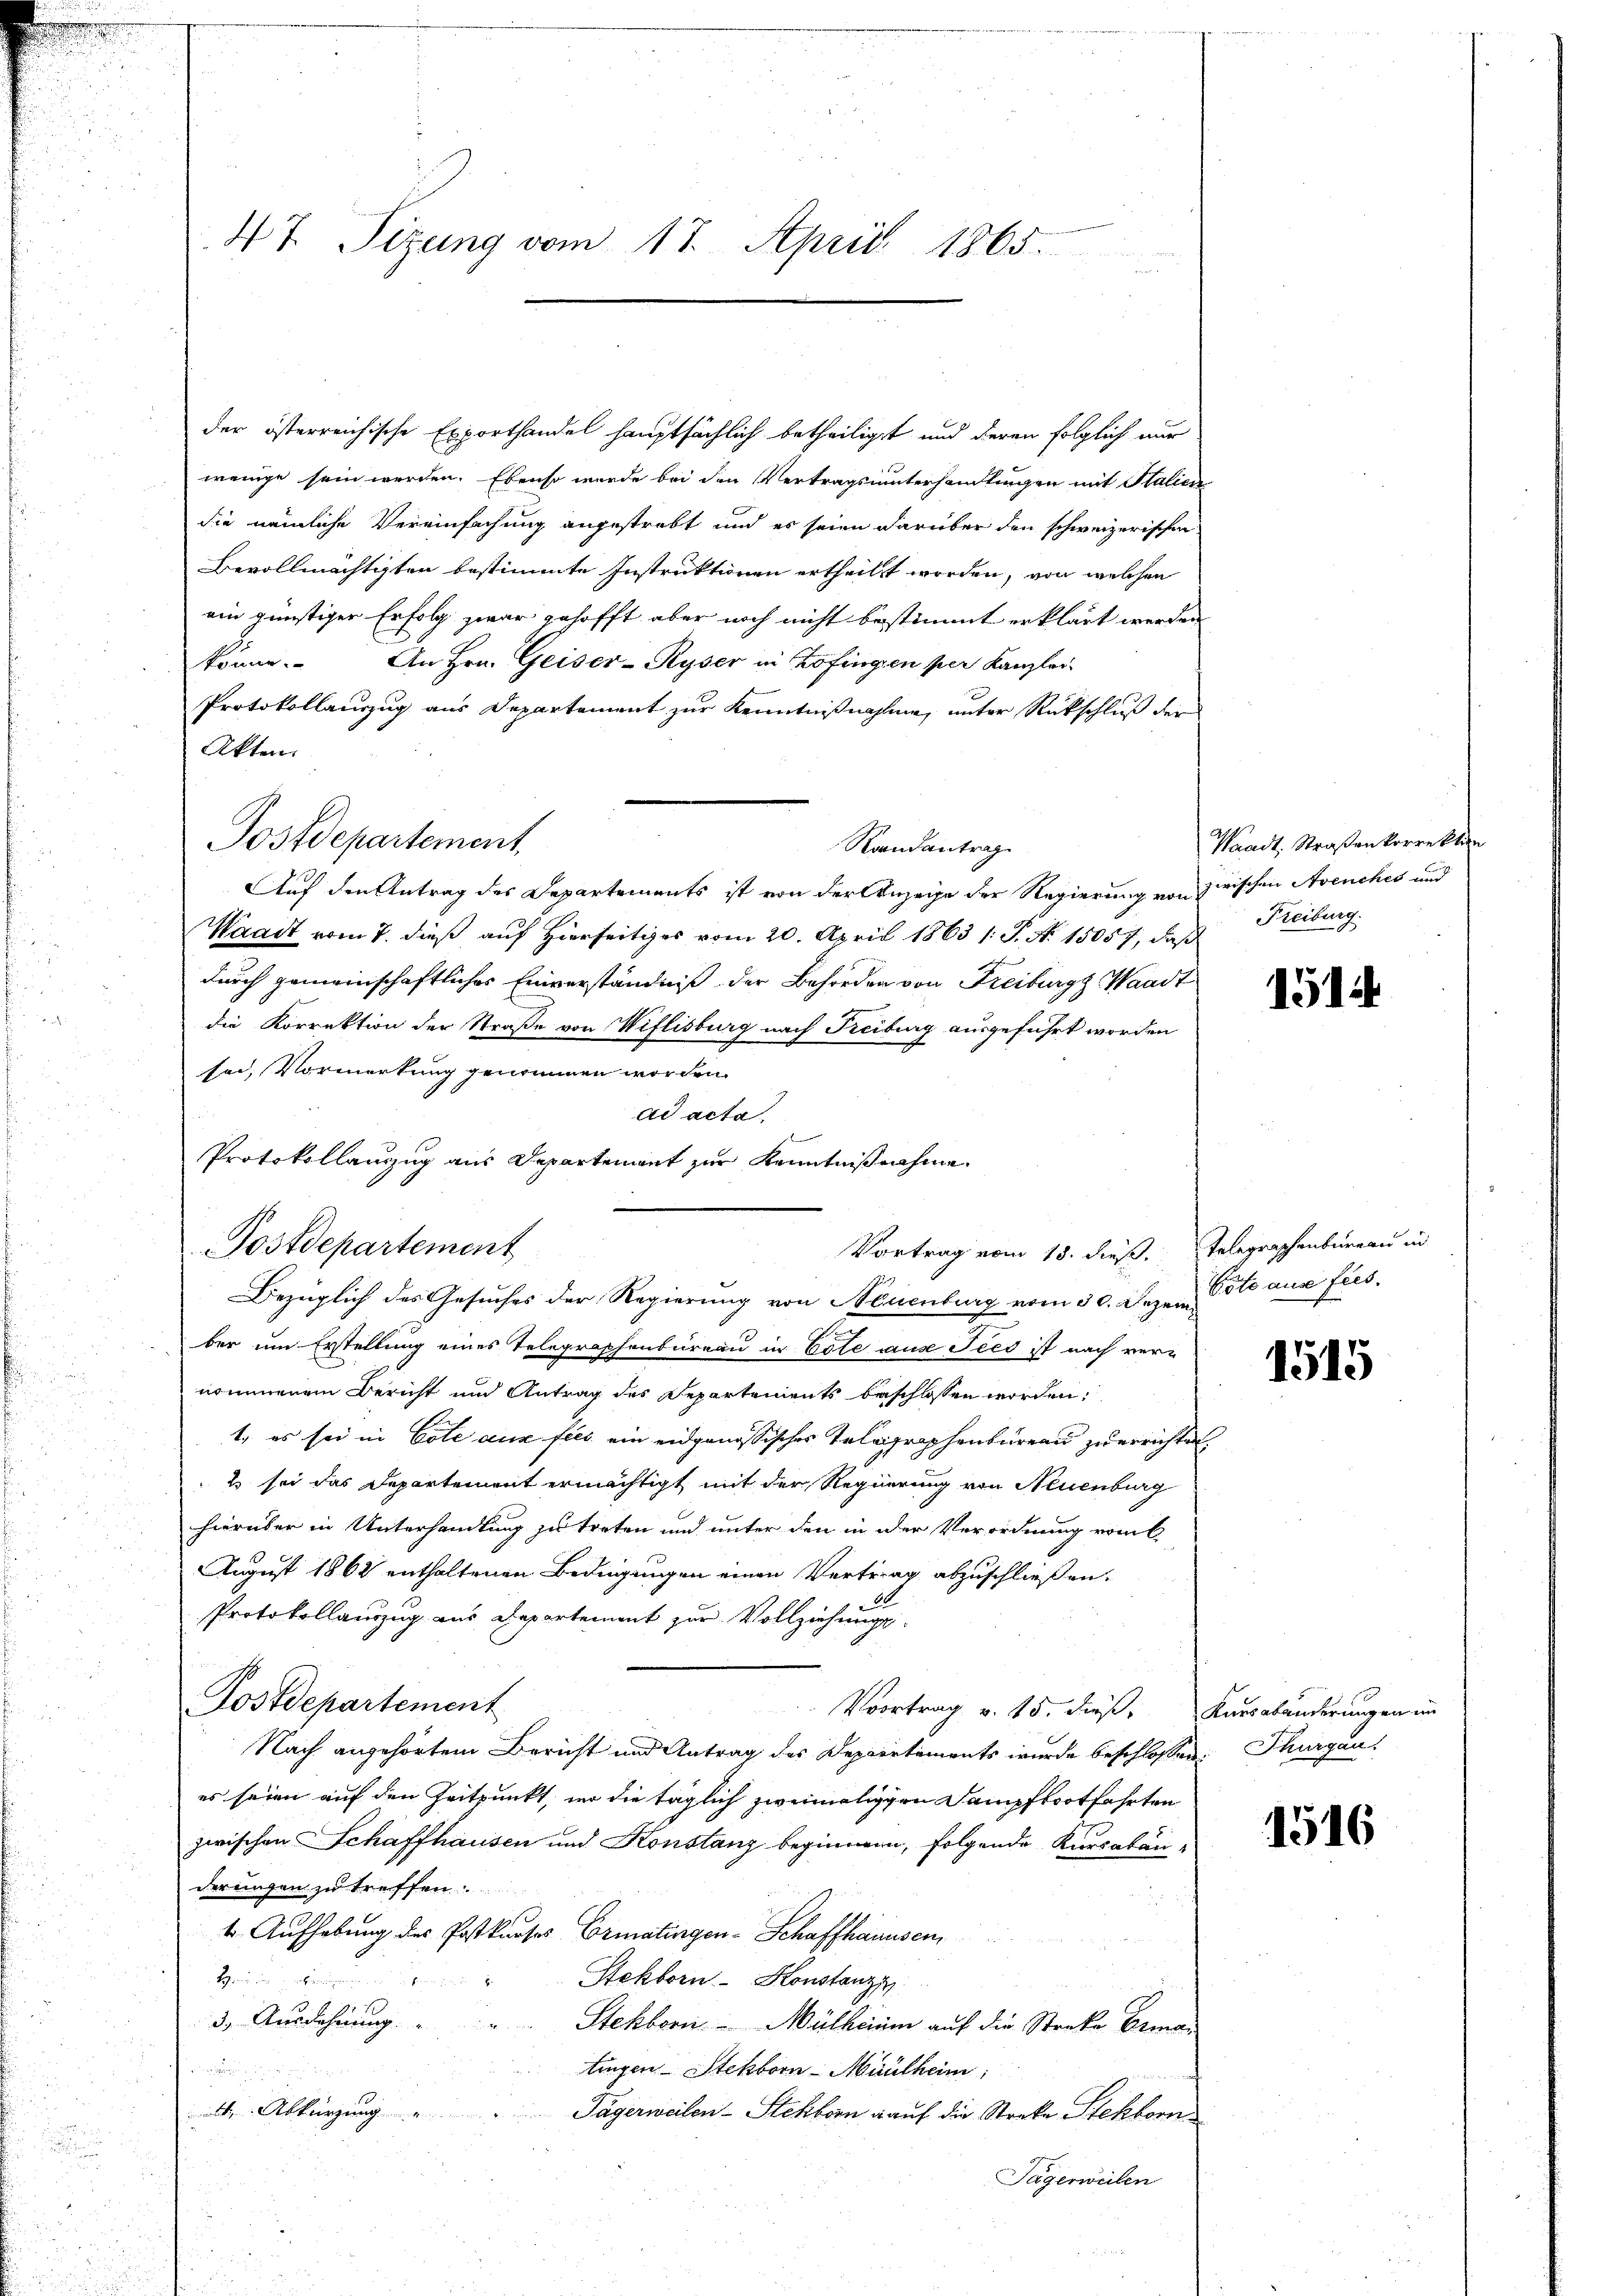
47. Sizung vom 17. April 1865.

der österreichische Exporthandel hauptsächlich betheiligt und deren folglich nur
wenige sein werden. Ebenso wurde bei den Vertragsunterhandlungen mit Station
die nämliche Vereinfachung angestrebt und es seien darüber den schweizerischen
Bevollmächtigten bestimmte Instruktionen ertheilt worden, von welchen
ein günstiger Erfolg zwar gehofft aber noch nicht bestimmt erklärt werden
könne. An Hrn. Geiser-Ryser in Zofingen per Kanzlei-
Protokollauszug aus Departement zur Kenntnißnahme, unter Rückschluß der
Akten.
Postdepartement,
Randantrag
Auf den Antrag des Departements ist von der Anzeige der Regierung von zwischen Avenches und
Waadt vom 7. dieß auf Hierseits vom 20. April 1863 /: P. N. 15057, daß
durch gemeinschaftlicher Einverständniß der Behörden von Freiburg, Waadt
die Korrektion der Straße von Wiflisburg nach Freiburg ausgeführt worden
sei, Vormerkung genommen worden.
ad acta.
Protokollauszug aus Departement zur Kenntnißnahme
Postdepartement
Vortrag vom 15. dieß. Telegraschenbureau in
Bezüglich des Gesuches der Regierung von Neuenburg vom 30. Dezem Orte aus fus
ber um Erstellung eines Telegraphenbureau in Este aus Jeed ist nach vernommenem Bericht und Antrag des Departements beschlossen worden,
1., es sei in Cote aus fiel ein eidgenössisches Telegraphenbüreau zu errichtet
2 sei das Departement ermächtigt mit der Regierung von Neuenburg
hierüber in Unterhandlung zu treten und unter den in der Verordnung vom 6
August 1862 enthaltenen Bedingungen einen Vertrag abzuschließen.
Protokollauszug aus Departement zur Vollziehung
Postdepartement
Voortrag v. 15. dieß, Kausabänderungen im
Nach angehörtem Bericht und Antrag des Departements wurde beschlossen: Schurgau
es seien auf den Zeitpunkt, wo die täglich zweimaligen Dampfbootfahrten
zwischen Schaffhausen und Konstanz beginnern, folgende Kurcabänderungen zu treffen
t. Aufhebung des Postkurses Ermatingen-Schaffhausen,
Bei der obenen in es
Stekborn- Konstanzi
3. Ausdehnung.
Stekborn - Mülheim auf die Streke Erman
tingen Steckborn-Maulheim

 Abkürzung
Tägerweilen-Stektorn auf die Streke Steckborn
Jägerweilen

Waadt, Straßenkorrektion
Freiburg.

1514

1515

1516